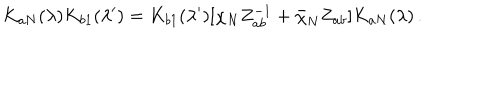
K _ { a N } ( \lambda ) K _ { b 1 } ( \lambda ^ { \prime } ) = K _ { b 1 } ( \lambda ^ { \prime } ) [ \chi _ { N } Z _ { a b } ^ { - 1 } + \bar { \chi } _ { N } Z _ { a b } ] K _ { a N } ( \lambda ) \, .